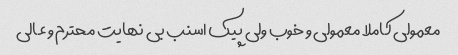
معمولی کاملا معمولی و خوب ولی پیک اسنب بی نهایت محترم و عالی